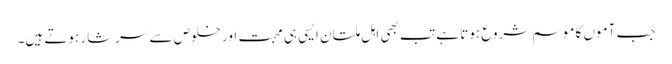
جب آموں کا موسم شروع ہوتا ہے تب بھی اہل ملتان ایسی ہی محبت اور خلوص سے سرشار ہوتے ہیں۔